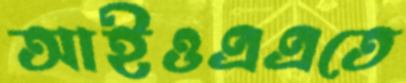
আইওএএতে